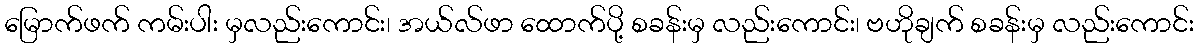
မြောက်ဖက် ကမ်းပါး မှလည်းကောင်း၊ အယ်လ်ဖာ ထောက်ပို့ စခန်းမှ လည်းကောင်း၊ ဗဟိုချက် စခန်းမှ လည်းကောင်း